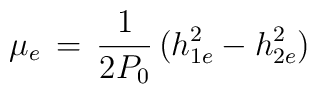
\mu_e\,=\,{1\over2P_0}\,(h^2_{1e}-h^2_{2e})\,